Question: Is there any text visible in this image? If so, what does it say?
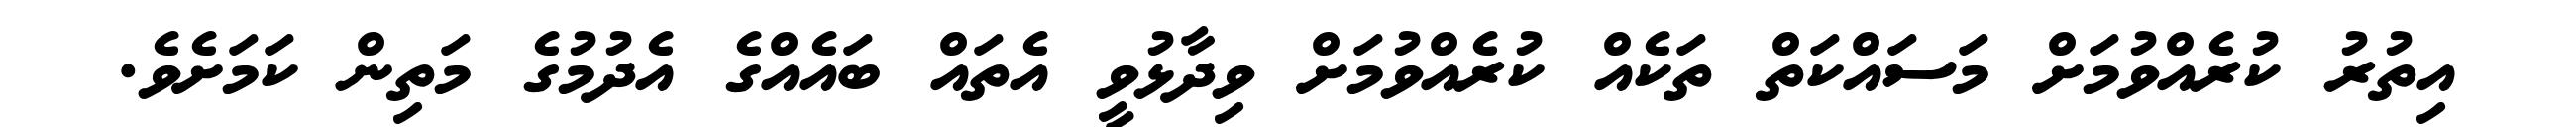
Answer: އިތުރު ކުރެއްވުމަށް މަސައްކަތް ތަކެއް ކުރެއްވުމަށް ވިދާޅުވީ އެތައް ބައެއްގެ އެދުމުގެ މަތިން ކަމަށެވެ.